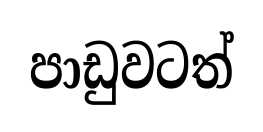
පාඩුවටත්